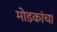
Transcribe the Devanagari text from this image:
मोडकांचा